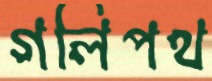
গলিপথ